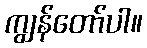
ကျွန်တော်ပါ။